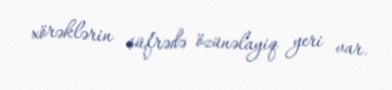
xörəklərin süfrədə özünəlayiq yeri var.